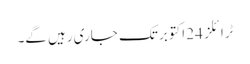
ٹرائلز 24 اکتوبر تک جاری رہیں گے۔